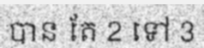
បាន តែ 2 ទៅ 3